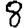
Digit: 8